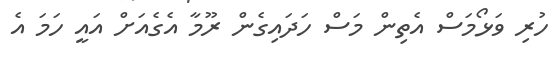
ހުރި ވަޅޯމަސް އެތިން މަސް ހަދައިގެން ރޫމާ އެގެއަށް އައީ ހަމަ އެ